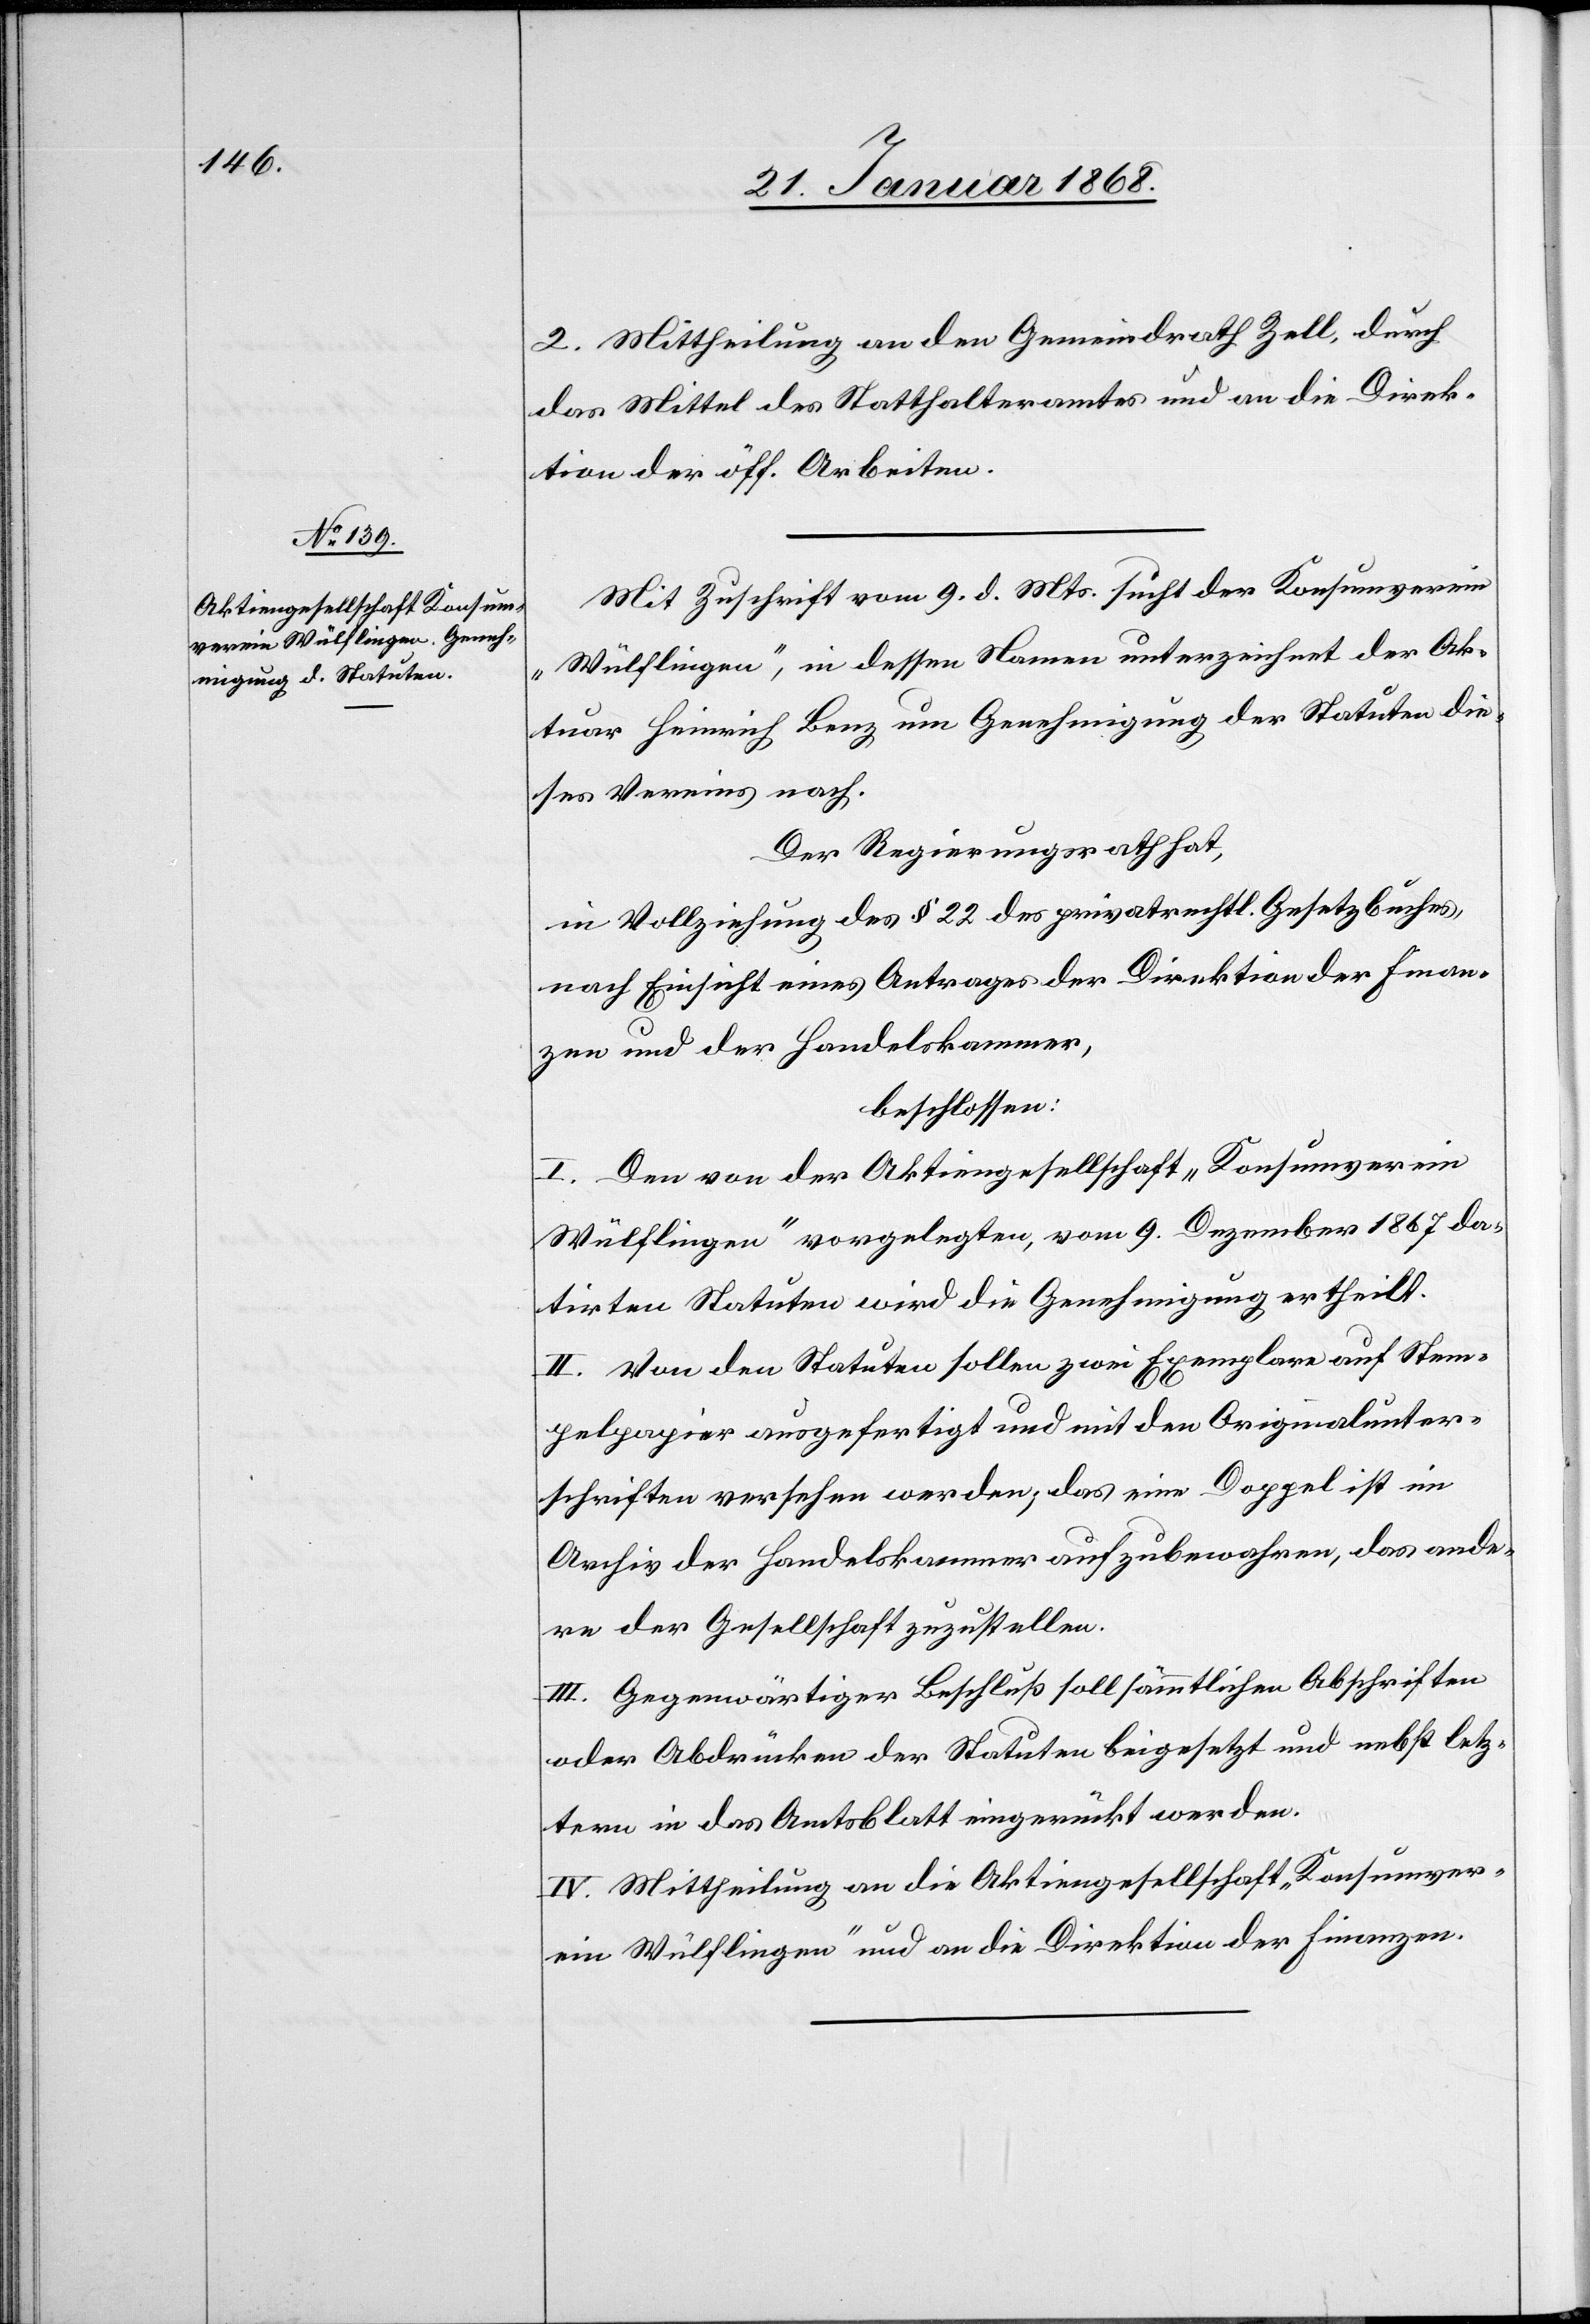
2. Mittheilung an den Gemeindrath Zell, durch
das Mittel des Statthalteramtes und an die Direk¬
tion der öff. Arbeiten.
Mit Zuschrift vom 9. d. Mts. sucht der Konsumverein
„Wülflingen“, in dessen Namen unterzeichnet der Ak¬
tuar Heinrich Benz um Genehmigung der Statuten die¬
ses Vereins nach.
Der Regierungsrath hat,
in Vollziehung des § 22 des privatrechtl. Gesetzbuches,
nach Einsicht eines Antrages der Direktion der Finan¬
zen und der Handelskammer,
beschlossen:
I. Den von der Aktiengesellschaft „Konsumverein
Wülflingen“ vorgelegten, vom 9. Dezember 1867 da¬
tirten Statuten wird die Genehmigung ertheilt.
II. Von den Statuten sollen zwei Exemplare auf Stem¬
pelpapier ausgefertigt und mit den Originalunter¬
schriften versehen werden; das eine Doppel ist im
Archiv der Handelskammer aufzubewahren, das ande¬
re der Gesellschaft zuzustellen.
III. Gegenwärtiger Beschluß soll sämmtlichen Abschriften
oder Abdrücken der Statuten beigesetzt und nebst letz¬
tern in das Amtsblatt eingerückt werden.
IV. Mittheilung an die Aktiengesellschaft „Konsumver¬
ein Wülflingen“ und an die Direktion der Finanzen.